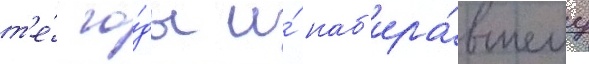
т'е́ го́ды и́ наб'ира́вшему